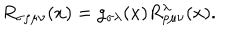
R _ { \sigma \rho \mu \nu } ( x ) = g _ { \sigma \lambda } ( x ) R _ { \rho \mu \nu } ^ { \lambda } ( x ) .